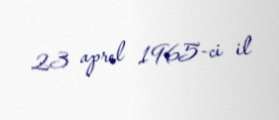
23 aprel 1965-ci il